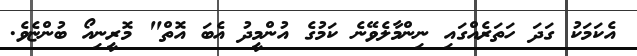
އެކަމަކު ގަދަ ހަތަރެއްގައި ނިންމާލެވޭނެ ކަމުގެ އުންމީދު އެބަ އޮތް" މޮރީނިއޯ ބުންޏެވެ.